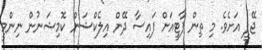
ޖޭޕީ އަށެވެ. މި ތިން ޕާޓީއަށް ފައިސާ ދޭން އިލެކްޝަން ކޮމިޝަނުން ނިންމީ